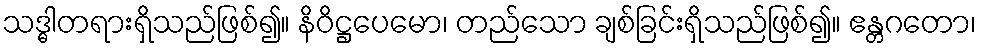
သဒ္ဓါတရားရှိသည်ဖြစ်၍။ နိဝိဋ္ဌပေမော၊ တည်သော ချစ်ခြင်းရှိသည်ဖြစ်၍။ ဧန္တဂတော၊